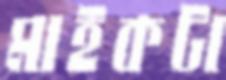
মাইকটা